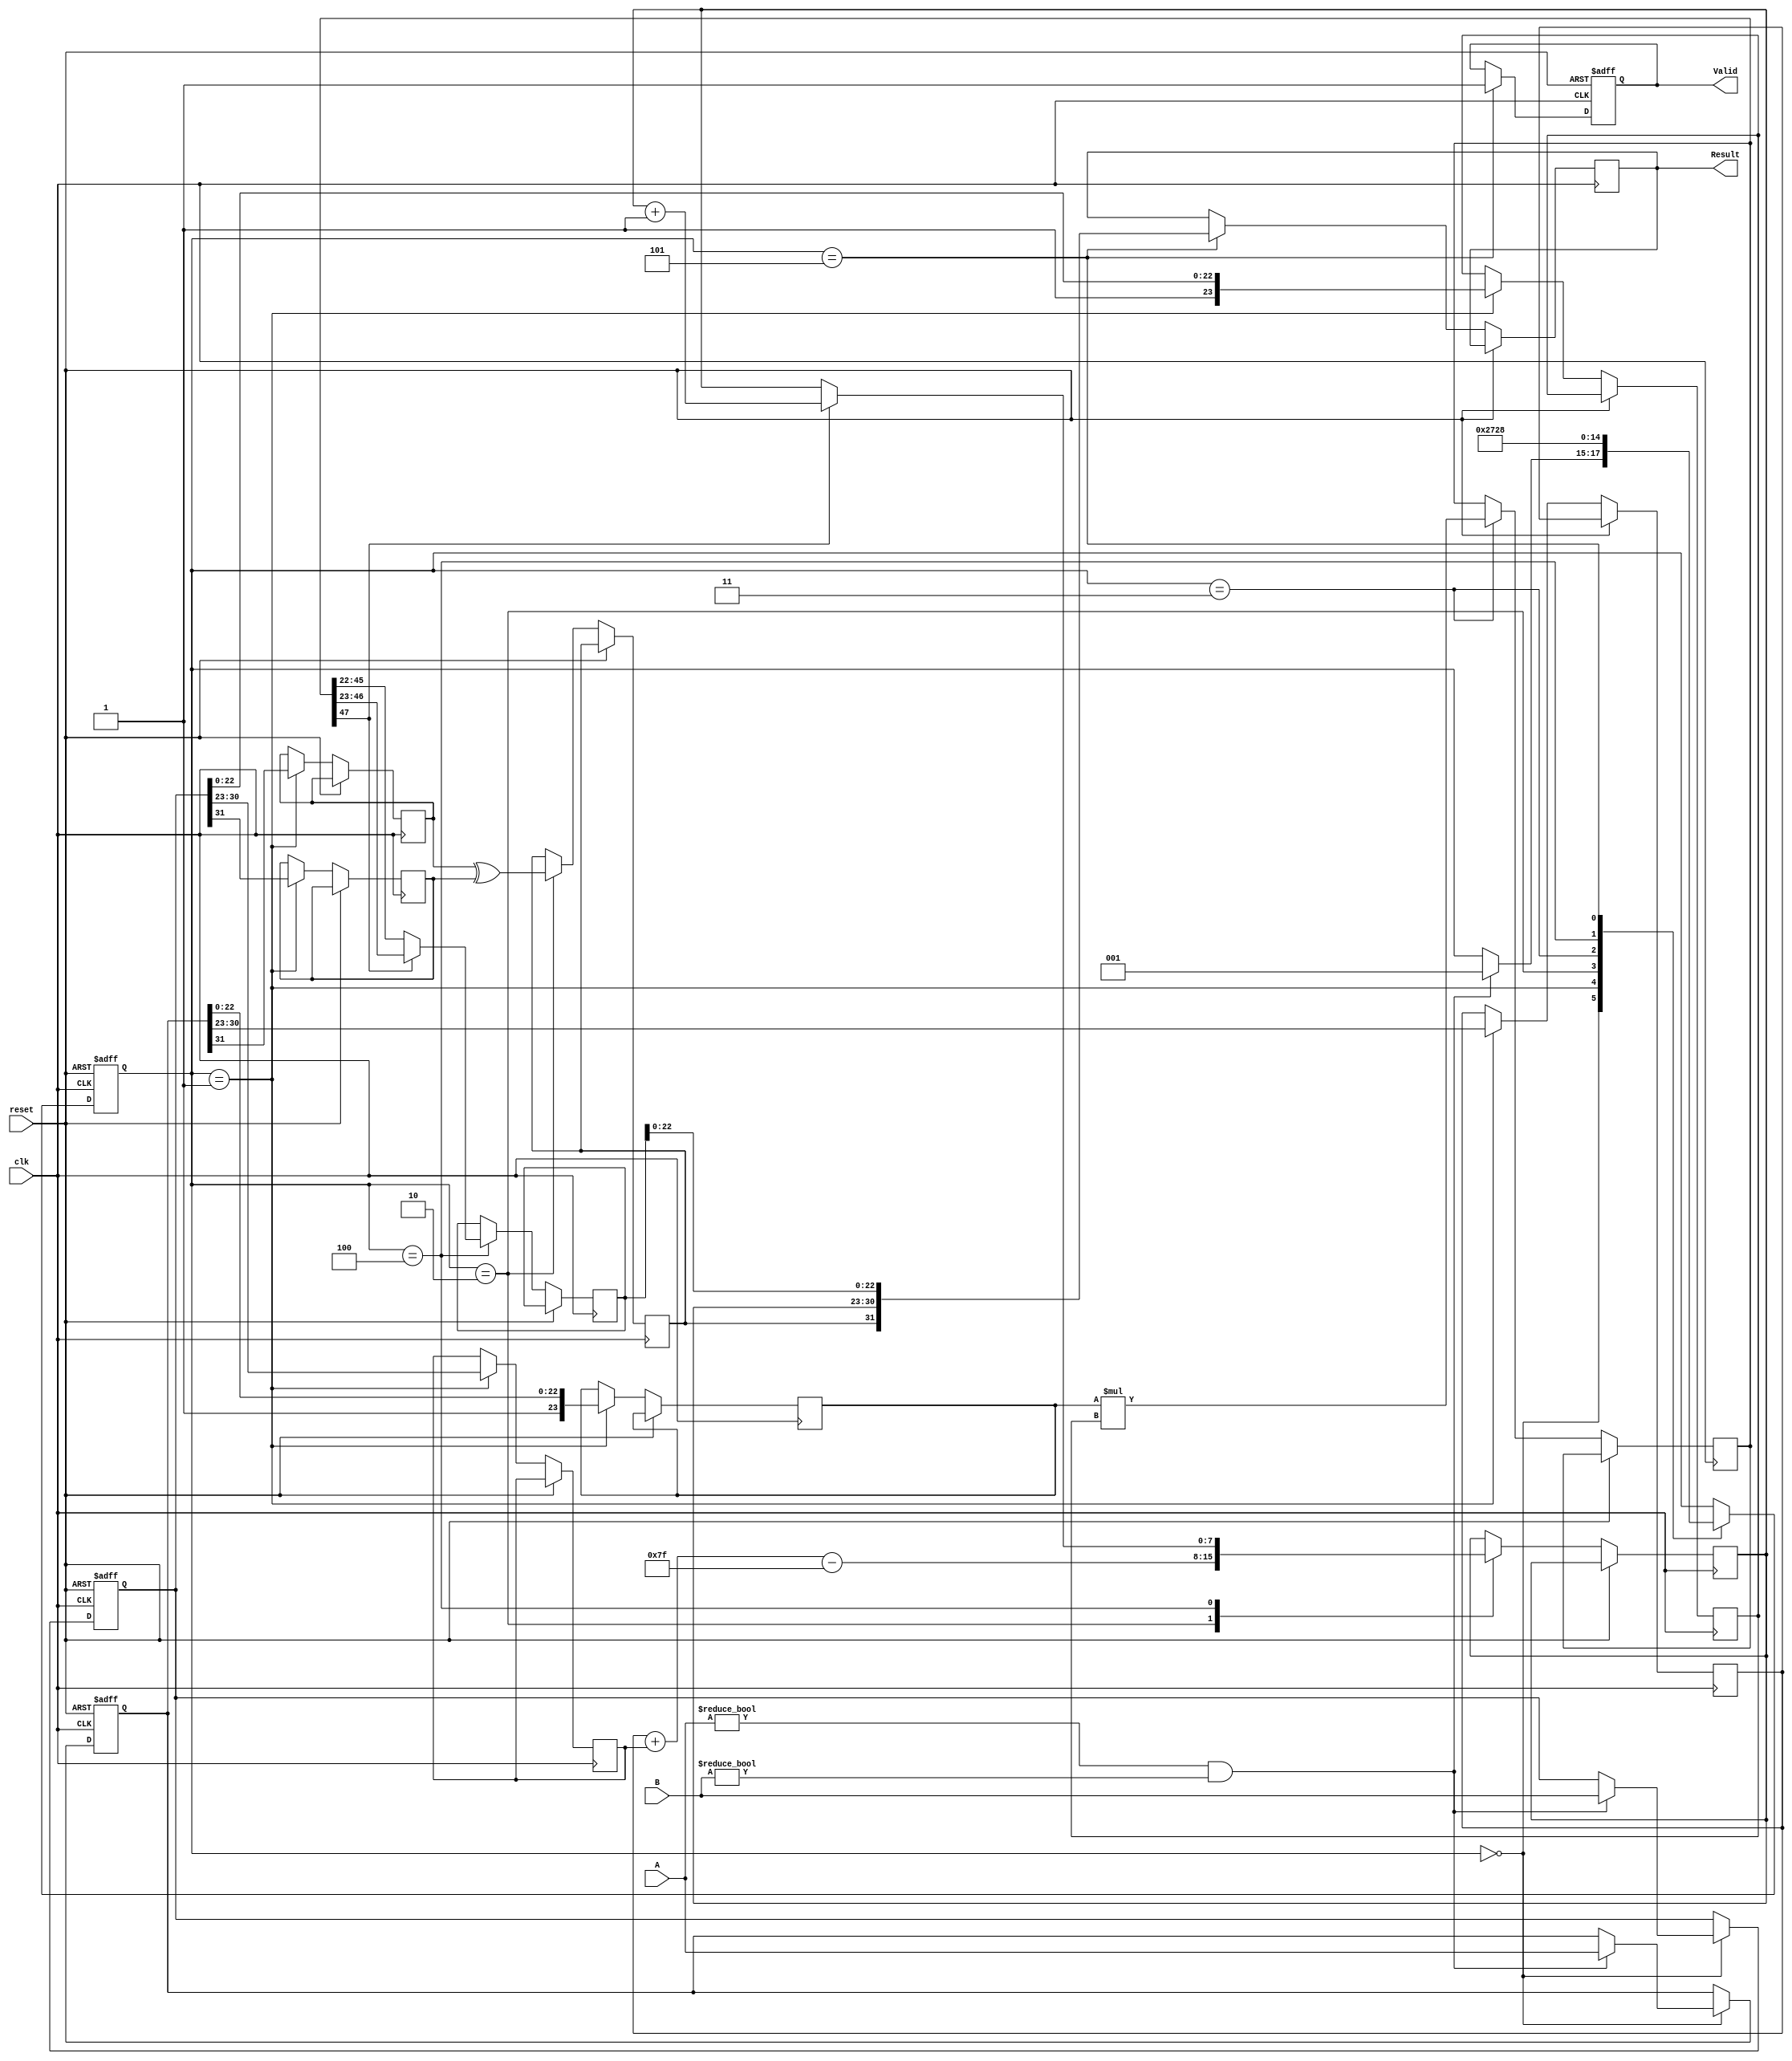
module pipelined_fp_multiplier (
    input wire [31:0] A,         // 32-bit floating-point input A
    input wire [31:0] B,         // 32-bit floating-point input B
    input wire clk,              // Clock signal
    input wire reset,            // Active high reset
    output reg [31:0] Result,    // 32-bit floating-point result
    output reg Valid             // Result valid signal
);

    // Pipeline registers
    reg [31:0] stage_reg1_a, stage_reg1_b; // Stage 1 registers for inputs
    reg sign_a, sign_b, sign_result;        // Signs
    reg [7:0] exp_a, exp_b, exp_result;     // Exponents
    reg [23:0] mant_a, mant_b, mant_result; // Mantissas
    reg [47:0] mant_prod;                   // Intermediate product of mantissas

    // Control signals
    reg [2:0] state; // State for FSM

    // State encoding
    localparam IDLE       = 3'b000;
    localparam STAGE1    = 3'b001;
    localparam STAGE2    = 3'b010;
    localparam STAGE3    = 3'b011;
    localparam STAGE4    = 3'b100;
    localparam OUTPUT     = 3'b101;

    // Extract components in Stage 1
    always @(posedge clk or posedge reset) begin
        if (reset) begin
            stage_reg1_a <= 32'b0;
            stage_reg1_b <= 32'b0;
            Valid <= 0;
            state <= IDLE;
        end else begin
            case (state)
                IDLE: begin
                    if (A != 32'b0 && B != 32'b0) begin
                        stage_reg1_a <= A;
                        stage_reg1_b <= B;
                        state <= STAGE1;
                    end
                end
                STAGE1: begin
                    // Unpack the floating-point numbers
                    sign_a <= stage_reg1_a[31];
                    exp_a <= stage_reg1_a[30:23];
                    mant_a <= {1'b1, stage_reg1_a[22:0]}; // Include implicit leading 1

                    sign_b <= stage_reg1_b[31];
                    exp_b <= stage_reg1_b[30:23];
                    mant_b <= {1'b1, stage_reg1_b[22:0]}; // Include implicit leading 1
                    state <= STAGE2;
                end
                STAGE2: begin
                    // Compute the sign of the result and sum of the exponents
                    sign_result <= sign_a ^ sign_b;
                    exp_result <= exp_a + exp_b - 127; // Adjust for bias
                    state <= STAGE3;
                end
                STAGE3: begin
                    // Multiply mantissas
                    mant_prod <= mant_a * mant_b;
                    state <= STAGE4;
                end
                STAGE4: begin
                    // Normalize the mantissa and adjust exponent if necessary
                    if (mant_prod[47] == 1) begin
                        mant_result <= mant_prod[46:23]; // Shift right
                        exp_result <= exp_result + 1;
                    end else begin
                        mant_result <= mant_prod[45:22]; // Keep it as is
                    end
                    state <= OUTPUT;
                end
                OUTPUT: begin
                    // Pack the result
                    Result <= {sign_result, exp_result[7:0], mant_result[22:0]};
                    Valid <= 1;
                    state <= IDLE; // Reset to IDLE
                end
            endcase
        end
    end

endmodule